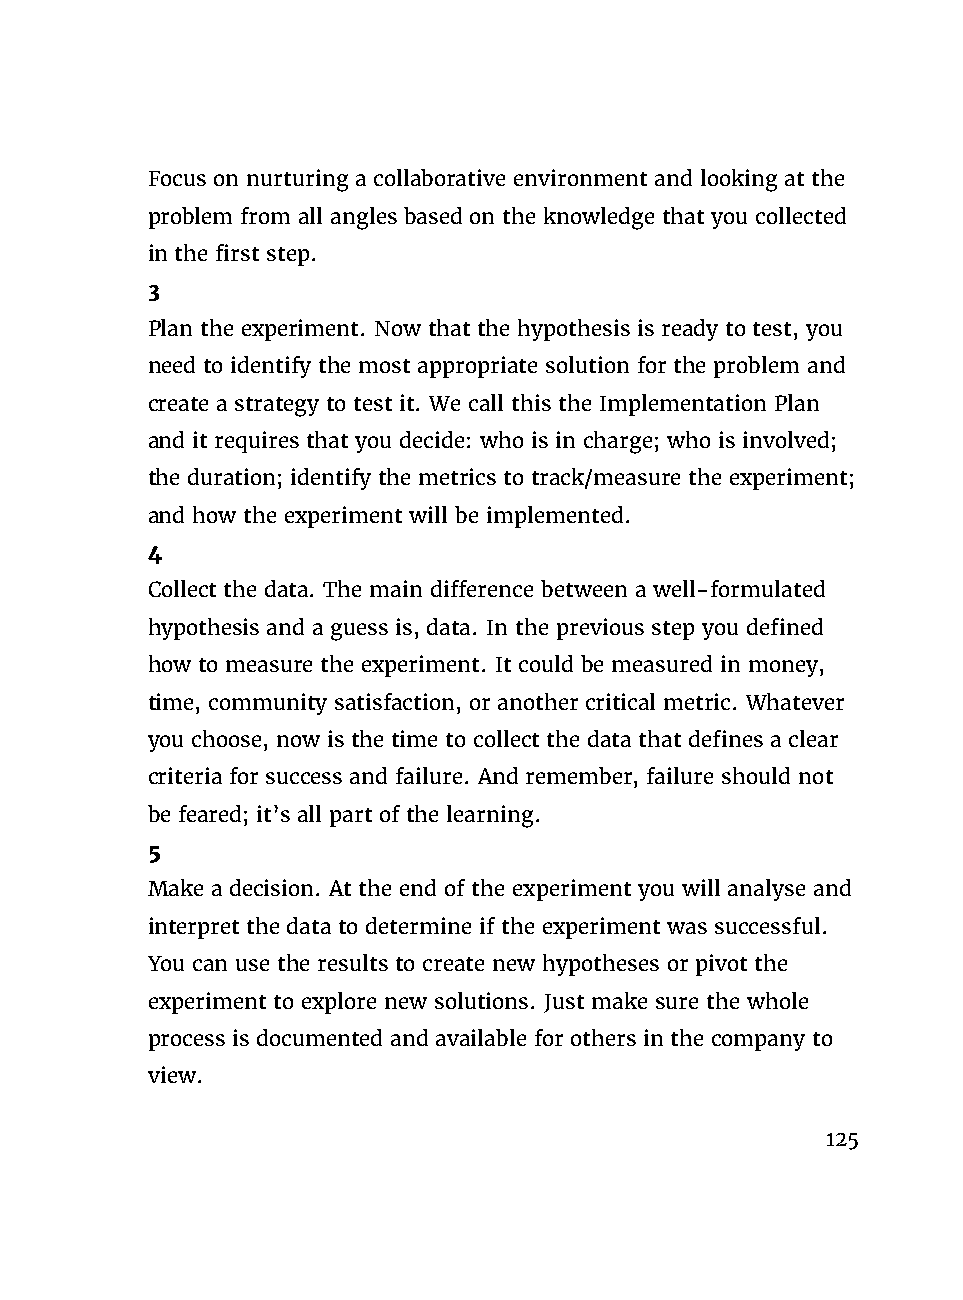
Focus on nurturing a collaborative environment and looking at the
 problem from all angles based on the knowledge that you collected
 in the first step.
 3
 Plan the experiment. Now that the hypothesis is ready to test, you
 need to identify the most appropriate solution for the problem and
 create a strategy to test it. We call this the Implementation Plan
 and it requires that you decide: who is in charge; who is involved;
 the duration; identify the metrics to track/measure the experiment;
 and how the experiment will be implemented.
 4
 Collect the data. The main difference between a well-formulated
 hypothesis and a guess is, data. In the previous step you defined
 how to measure the experiment. It could be measured in money,
 time, community satisfaction, or another critical metric. Whatever
 you choose, now is the time to collect the data that defines a clear
 criteria for success and failure. And remember, failure should not
 be feared; it’s all part of the learning.
 5
 Make a decision. At the end of the experiment you will analyse and
 interpret the data to determine if the experiment was successful.
 You can use the results to create new hypotheses or pivot the
 experiment to explore new solutions. Just make sure the whole
 process is documented and available for others in the company to
 view.
 125